Vaccination in the Punjab 1905-1918 - 1905-1918
Year: 1905
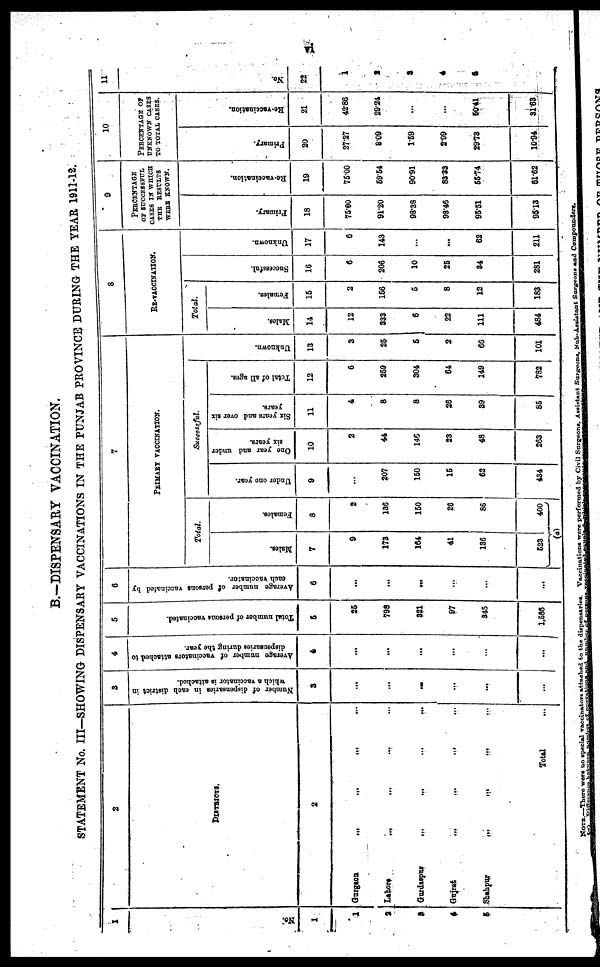
vi
B.-DISPENSARY VACCINATION.
STATEMENT No. III—SHOWING DISPENSARY VACCINATIONS IN THE PUNJAB PROVINCE DURING THE YEAR 1911-12.
1
No.
1
1
2
3
4
5
2
DISTRICTS.
2
Gurgaon
...
...
...
...
Lahore
...
...
...
...
Gurdaspur
...
...
...
...
Gujrat
...
...
...
...
Shahpur
...
...
...
...
Total ...
3
Number of dispensaries in each district in
which a vaccinator is attached.
3
...
...
...
...
...
...
4
Average number of vaccinators attached to
dispensaries daring the year.
4
...
...
...
...
...
...
5
Total number of persons vaccinated.
5
25
798
321
97
345
1,586
6
Average number of persons vaccinated by
each vaccinator.
6
...
...
...
...
...
...
7
PRIMARY VACCINATION.
Total.
Males.
7
9
173
164
41
136
523
Females.
8
2
136
150
26
86
400
(a)
Successful.
Under one year.
9
...
207
150
15
62
434
One year and under
six years.
10
2
44
146
23
48
263
Six years and over six
years.
11
4
8
8
26
39
85
Total of all ages.
12
6
259
304
64
149
782
Un k n o wn .
13
3
25
5
2
66
101
8
RE-VACCINATION.
Total.
Males.
14
12
333
6
22
111
484
Females.
15
2
156
5
8
12
183
Successful.
16
6
206
10
25
34
281
Unknown.
17
6
143
...
...
62
211
9
PERCENTAGE
OF SUCCESSUFUL
CASES IN WHICH
THE RESULTS
WERE KNOWN.
Primary.
18
75.00
91.20
98.38
98.46
95.51
95.13
Re-vaccination.
19
75.00
59.54
90.91
83.33
55.74
61.62
10
PERCENTAGE OF
UNKNOWN CASES
TO TOTAL CASES.
Primary.
20
27.27
8.09
1.59
2.99
29.73
10.94
Re-vaccination.
21
42.86
29.24
...
...
50.41
31.63
11
No.
22
1
2
3
4
5
NOTE.—There were no special vaccinator attached to the dispensaries. Vaccinations were performed by Civil Surgeons, Assistant Surgeons, Sub-Assistant Surgeons and Compounders.
(a) Difference between number of operations and number of persons vaccinated